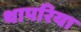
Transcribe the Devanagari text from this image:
थापरिया